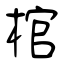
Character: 棺